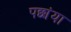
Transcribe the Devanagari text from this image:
पछांया